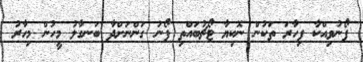
ފޯނުވިއްކާ ފިހާރަ ތަކުން ނޮކިޔާ ޓޯޗުބައްތި ފޯނު ގަންނަށްދާ ބަނގާލު މީހުން މިހާރު